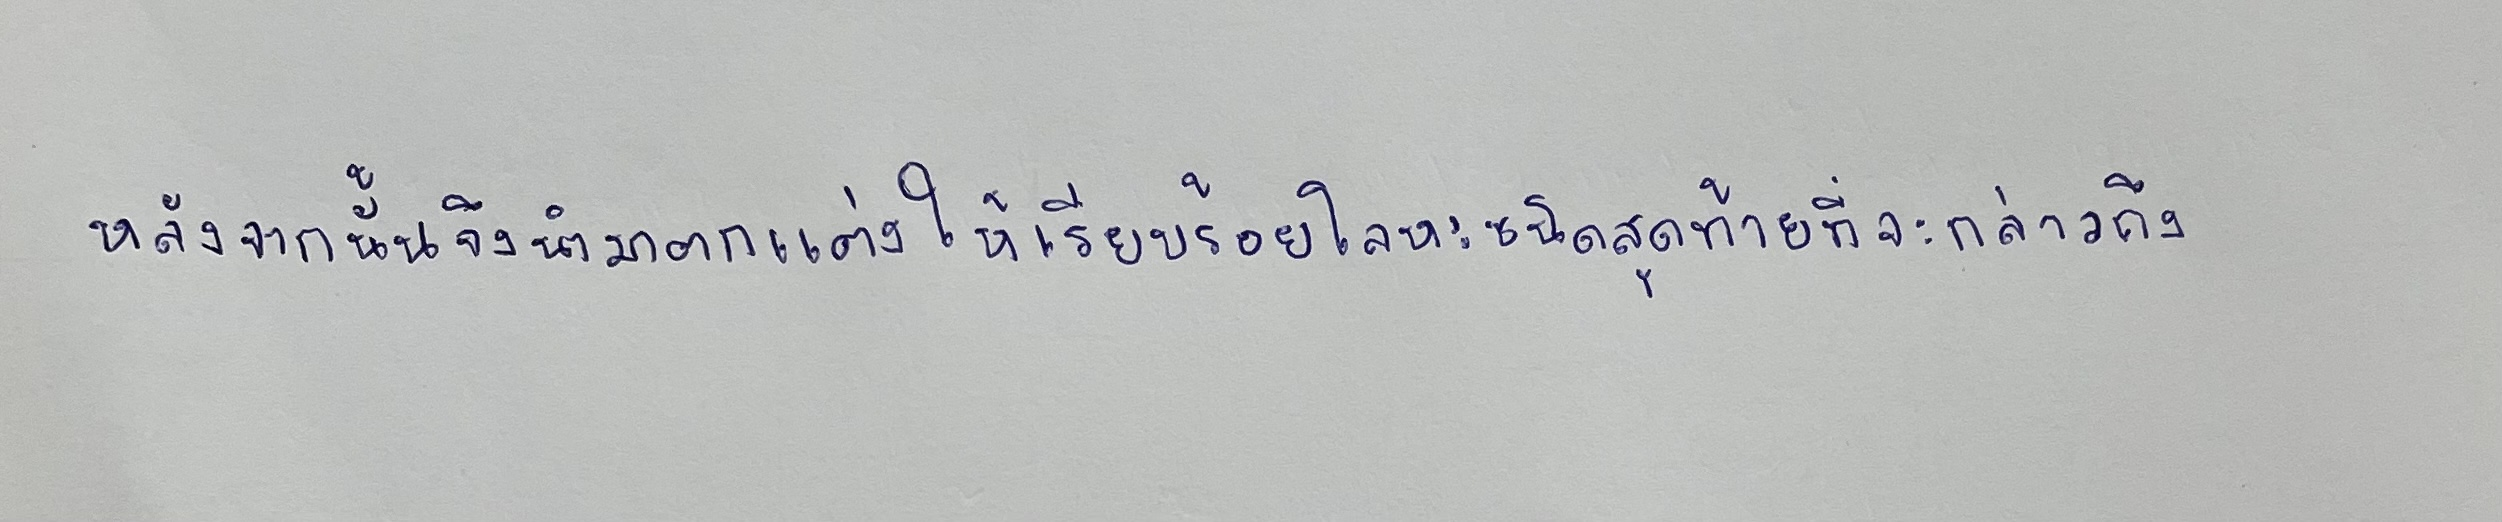
หลังจากนั้นจึงนำมาตกแต่งให้เรียบร้อยโลหะชนิดสุดท้ายที่จะกล่าวถึง